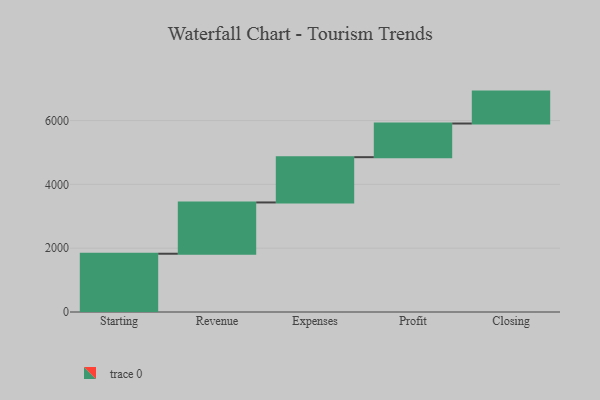
{"axis": {"x": "Step", "y": "Value"}, "legend": [""], "data": [{"x": "Starting", "y": 1826.0, "type": ""}, {"x": "Revenue", "y": 1607.0, "type": ""}, {"x": "Expenses", "y": 1419.0, "type": ""}, {"x": "Profit", "y": 1055.0, "type": ""}, {"x": "Closing", "y": 1000, "type": ""}]}